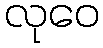
လုဝေ